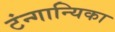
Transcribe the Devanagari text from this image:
टंन्गान्यिका